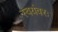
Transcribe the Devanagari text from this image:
स्वयंवरः